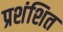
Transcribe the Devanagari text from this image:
प्रशंशित